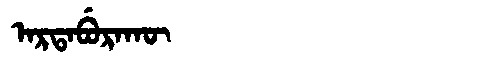
Manchu: ᠠᡵᡨᠠᠪᡠᡵᠠᡴᡡ
Romanization: ARTABURAKŪ